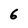
Character: 6